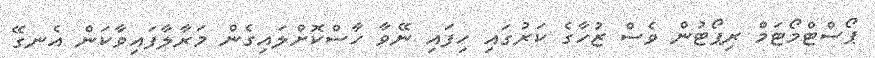
ޕޯސްޓްމޯޓަމް ރިޕޯޓުން ވެސް ޒުހާގެ ކަރުގައި ހިފައި ނޭވާ ހާސްކޮށްލައިގެން މަރާލާފައިވާކަން އެނގޭ